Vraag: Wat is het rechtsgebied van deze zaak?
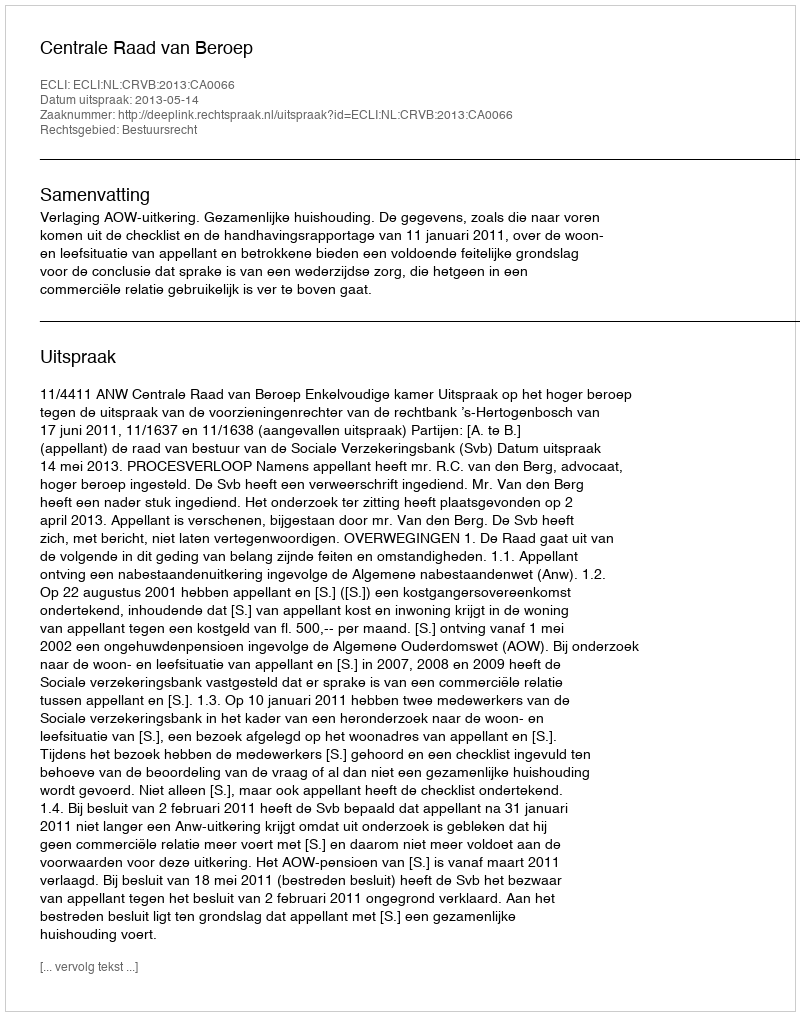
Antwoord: Bestuursrecht